Civil Veterinary Dept. North-West Frontier Province 1923-32 - 1923-1932
Year: 1923
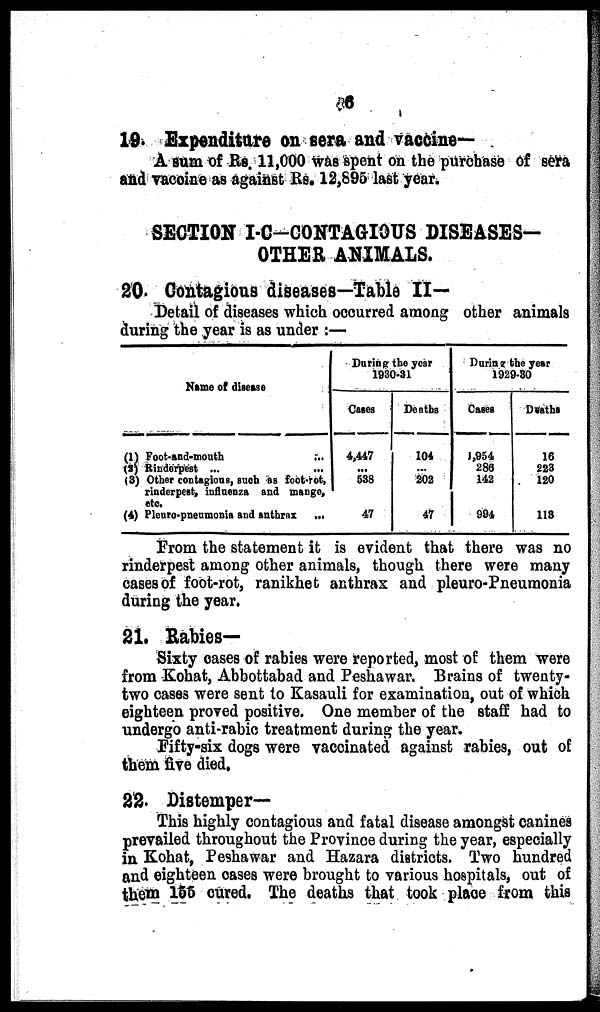
6
19. Expenditure on sera and vaccine—
A sum of Rs. 11,000 was spent on the purchase of sera
and vaccine as against Rs. 12,895 last year.
SECTION I-C-CONTAGIOUS DISEASES.
OTHER ANIMALS.
20. Contagious diseases—Table II—
Detail of diseases which occurred among other animals
during the year is as under:—
Name of disease
(1) Foot-and-mouth
...
(2) Rinderpest ...
(3) Other contagious, such as foot-rot,
rinderpest, influenza and mange,
etc.
(4) Pleuro-pneumonia and anthrux
...
During the year
1930-31
Cases
4,447
...
538
47
Deaths
104
...
202
47
During the year
1929-30
Cases
1,954
286
142
994
Deaths
16
223
120
113
From the statement it is evident that there was no
rinderpest among other animals, though there were many
cases of foot-rot, ranikhet anthrax and pleuro-Pneumonia
during the year.
21. Rabies—
Sixty cases of rabies were reported, most of: them were
from Kohat, Abbottabad and Peshawar. Brains of twenty-
two cases were sent to Kasauli for examination, out of which
eighteen proved positive. One member of the staff had to
undergo anti-rabic treatment during the year.
Fifty-six dogs were vaccinated against rabies, out of
them five died.
22. Distemper—
This highly contagious and fatal disease amongst canines
prevailed throughout the Province during the year, especially
in Kohat, Peshawar and Hazara districts. Two hundred
and eighteen cases were brought to various hospitals, out of
them 155 cured. The deaths that took place from this